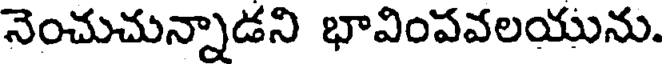
నెంచుచున్నాడని భావింపవలయును.